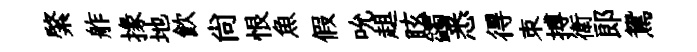
綮舴掾地飲尙恨魚假吮趄眩蠲悉得朿搏衛郎鴛